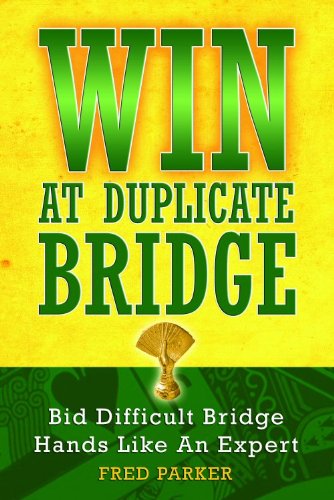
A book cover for WIN At Duplicate Bridge: Bid Difficult Bridge Hands Like An Expert; Fred Parker; Humor & Entertainment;